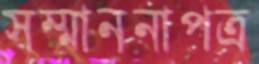
সম্মাননাপত্র